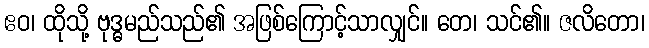
ဧဝ၊ ထိုသို့ ဗုဒ္ဓမည်သည်၏ အဖြစ်ကြောင့်သာလျှင်။ တေ၊ သင်၏။ ဇလိတော၊